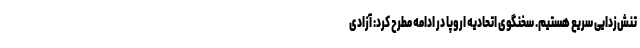
تنش‌زدایی سریع هستیم. سخنگوی اتحادیه اروپا در ادامه مطرح کرد: آزادی